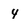
Character: 4